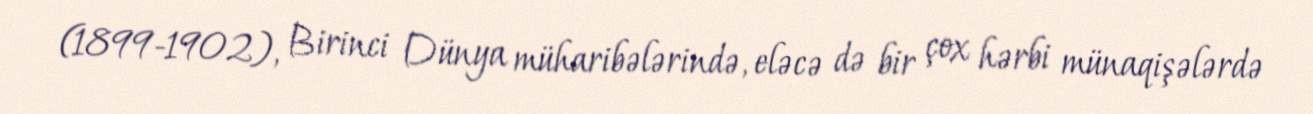
(1899-1902), Birinci Dünya müharibələrində, eləcə də bir çox hərbi münaqişələrdə